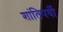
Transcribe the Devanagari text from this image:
शांतिपर्वी